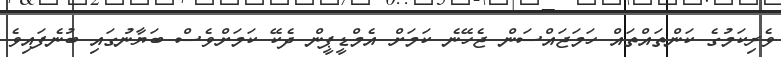
ވެރިކަމުގެ ކަންތައްތައް ހަމަޖައްސަން ޖެހޭނެ ކަމަށް އެމްޑީޕީން ދެކޭ ކަމަށްވެސް ބަޔާނުގައި ބުނެފައިވެ